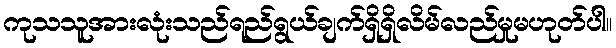
ကုသသူအားလုံးသည်ရည်ရွယ်ချက်ရှိရှိလိမ်လည်မှုမဟုတ်ပါ။